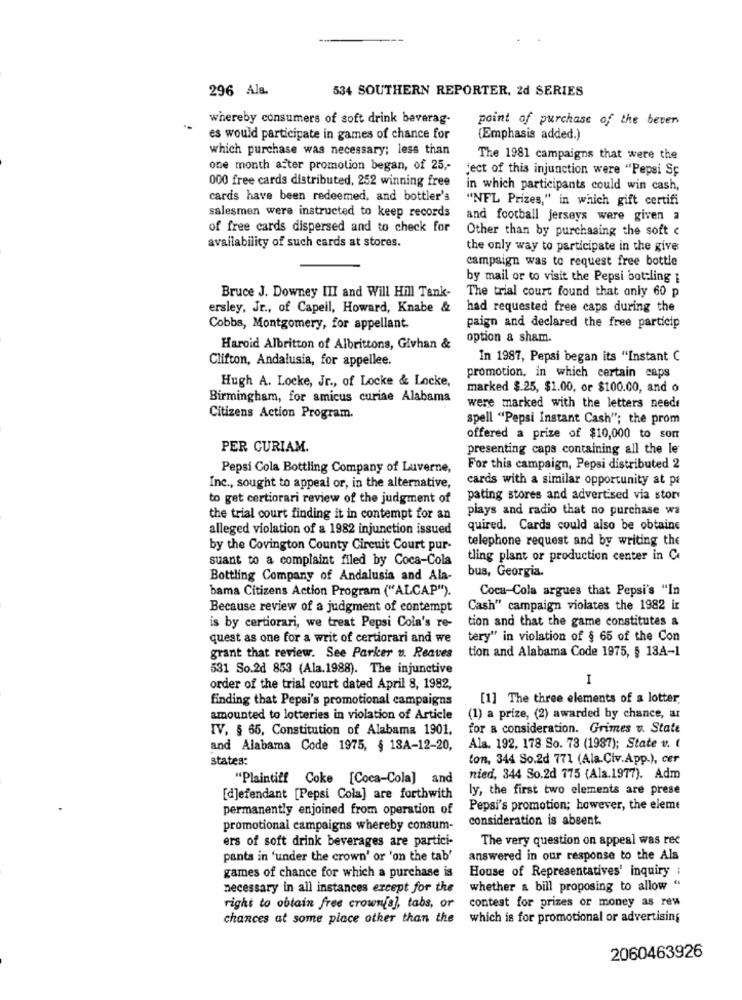
296 Als.
534 SOUTHERN REPORTER, 2d SERIES
whereby consumers of soft drink beverag-
point of purchase of the beren
es would participate in games of chance for
(Emphasis added.)
which purchase was necessary; less than
The 1981 campaigns that were the
one month after promotion began, of 25 ,-
ject of this injunction were "Pepsi Sp
000 free cards distributed, 252 winning free
in which participants could win cash,
cards have been redeemed, and bottler's
"NFL Prizes," in which gift certifi
salesmen were instructed to keep records
and football jerseys were given a
of free cards dispersed and to check for
Other than by purchasing the soft c
availability of such cards at stores.
the only way to participate in the give
campaign was to request free bottle
by mail or to visit the Pepsi bottling i
Bruce J. Downey III and Will Hill Tank-
The trial court found that only 60 p
ersley, Jr ., of Capeil, Howard, Knabe &
had requested free caps during the
Cobbs, Montgomery, for appellant
paign and declared the free particip
option a sham.
Haroid Albritton of Albrittons, Givhan &
Clifton, Andalusia, for appellee.
In 1987, Pepsi began its "Instant C
Hugh A. Locke, Jr ., of Locke & Locke,
promotion, in which certain caps
marked $.25, $1.00, or $100.00, and o
Birmingham, for amicus curiae Alabama
were marked with the letters needt
Citizens Action Program.
spell "Pepsi Instant Cash"; the prom
offered a prize of $10,000 to som
PER CURIAM.
presenting caps containing all the le
Pepsi Cola Bottling Company of Luverne,
For this campaign, Pepsi distributed 2
cards with a similar opportunity at ps
Inc ., sought to appeal or, in the alternative,
to get certiorari review of the judgment of
pating stores and advertised via story
plays and radio that no purchase wa
the trial court finding it in contempt for an
alleged violation of a 1982 injunction issued
quired. Cards could also be obtains
telephone request and by writing the
by the Covington County Circuit Court pur-
suant to a complaint filed by Coca-Cola
tling plant or production center in C
Bottling Company of Andalusia and Ala-
bus, Georgia.
bama Citizens Action Program ("ALCAP").
Coca-Cola argues that Pepsi's "In
Because review of a judgment of contempt
Cash" campaign violates the 1982 ir
tion and that the game constitutes &
is by certiorari, we treat Pepsi Cola's re-
quest as one for a writ of certiorari and we
tery" in violation of § 65 of the Con
tion and Alabama Code 1975, § 134-1
grant that review. See Parker v. Reaves
531 So.2d 853 (Ala.1988). The injunctive
1
order of the trial court dated April 8, 1982,
finding that Pepsi's promotional campaigns
[1] The three elements of a lotter.
amounted to lotteries in violation of Article
(1) a prize, (2) awarded by chance, ar
IV, § 65, Constitution of Alabama 1901.
for a consideration. Grimes v. State
and Alabama Code 1975, § 13A-12-20,
Ala. 192, 178 So. 78 (1987); State v. (
states:
ton, 344 So.2d 771 (Ala.Civ.App.), cer
"Plaintiff Coke [Coca-Cola] and
nied, 344 So.2d 775 (Ala.1977). Adm
ly, the first two elements are prese
[d]efendant [Pepsi Cola] are forthwith
permanently enjoined from operation of
Pepsi's promotion; however, the eleme
consideration is absent.
promotional campaigns whereby consum-
ers of soft drink beverages are partici-
The very question on appeal was rec
pants in 'under the crown' or 'on the tab'
answered in our response to the Ala
House of Representatives' inquiry :
games of chance for which a purchase is
necessary in all instances except for the
whether a bill proposing to allow "
right to obtain free crown[s], tabs, or
contest for prizes or money as rew
chances at some place other than the
which is for promotional or advertising
2060463926